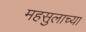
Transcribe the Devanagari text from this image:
महसुलाच्या